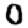
Digit: 0